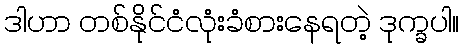
ဒါဟာ တစ်နိုင်ငံလုံးခံစားနေရတဲ့ ဒုက္ခပါ။